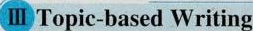
ⅢTopic-based Writing